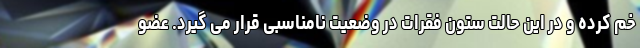
خم کرده و در این حالت ستون فقرات در وضعیت نامناسبی قرار می گیرد. عضو